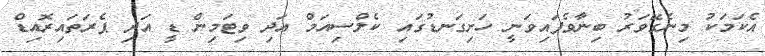
އެކަމަކު މިނެގޭވަރު ބިނާވެފައިވަނީ ހަށިގަނޑުގައި ކެލްސިއަމް އަދި ވިޓަމިން ޑީ އަދި ޕެރަތައިރޮއިޑް